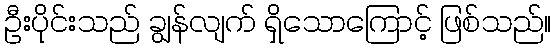
ဦးပိုင်းသည် ချွန်လျက် ရှိသောကြောင့် ဖြစ်သည်။